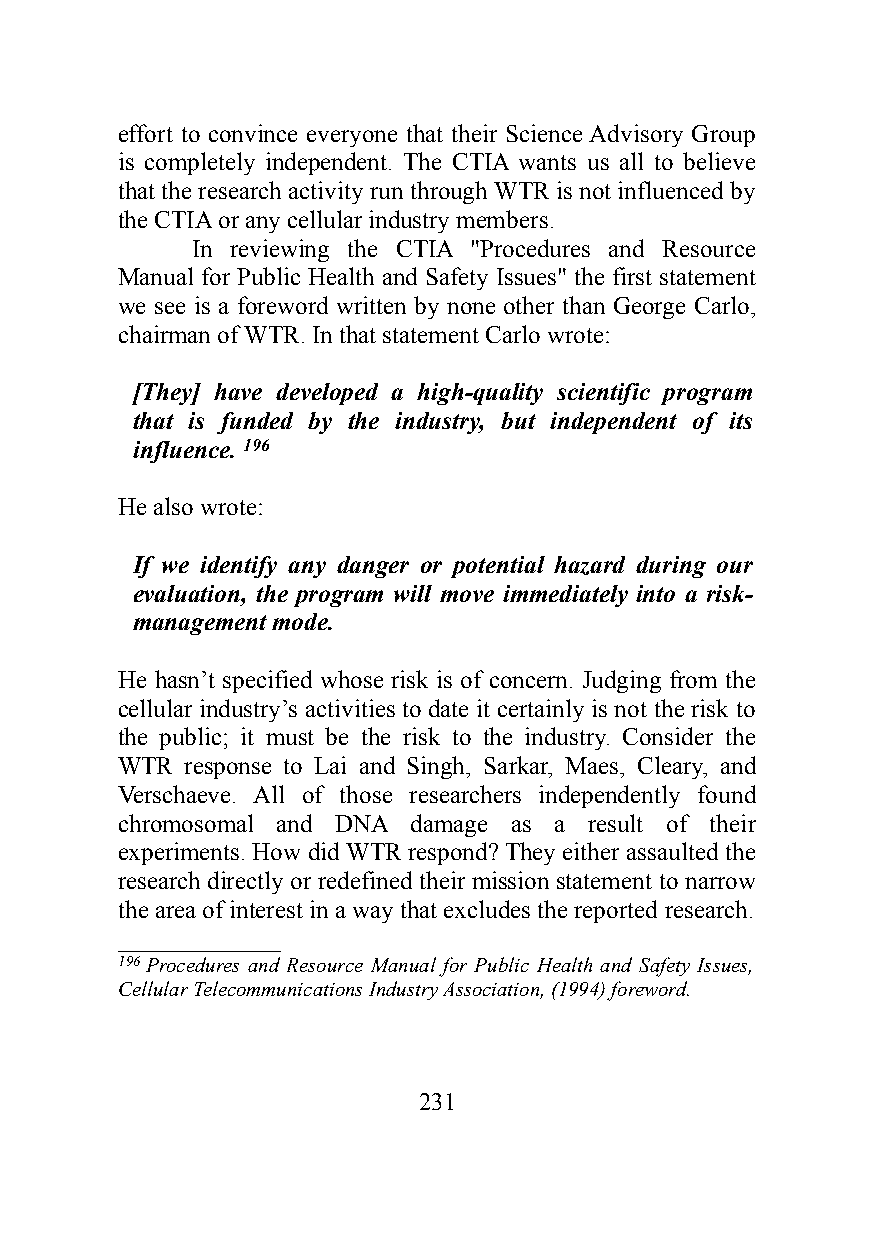
effort to convince everyone that their Science Advisory Group
 is completely independent. The CTIA wants us all to believe
 that the research activity run through WTR is not influenced by
 the CTIA or any cellular industry members.
 In reviewing the CTIA "Procedures and Resource
 Manual for Public Health and Safety Issues" the first statement
 we see is a foreword written by none other than George Carlo,
 chairman of WTR. In that statement Carlo wrote:
 [They] have developed a high-quality scientific program
 that is funded by the industry, but independent of its
 influence. 196
 He also wrote:
 If we identify any danger or potential hazard during our
 evaluation, the program will move immediately into a risk-
 management mode.
 He hasn’t specified whose risk is of concern. Judging from the
 cellular industry’s activities to date it certainly is not the risk to
 the public; it must be the risk to the industry. Consider the
 WTR response to Lai and Singh, Sarkar, Maes, Cleary, and
 Verschaeve. All of those researchers independently found
 chromosomal and DNA damage as a result of their
 experiments. How did WTR respond? They either assaulted the
 research directly or redefined their mission statement to narrow
 the area of interest in a way that excludes the reported research.
 _____________
 196 Procedures and Resource Manual for Public Health and Safety Issues,
 Cellular Telecommunications Industry Association, (1994) foreword.
 231